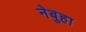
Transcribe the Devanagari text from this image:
नेबुहा